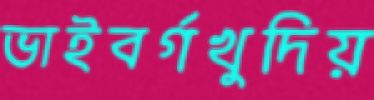
ভাইবর্গখুদিয়